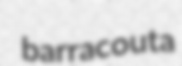
barracouta